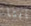
ثابتا